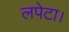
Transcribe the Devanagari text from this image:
लपेटा।